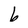
Character: b